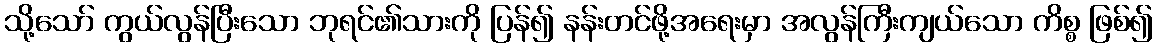
သို့သော် ကွယ်လွန်ပြီးသော ဘုရင်၏သားကို ပြန်၍ နန်းတင်ဖို့အရေးမှာ အလွန်ကြီးကျယ်သော ကိစ္စ ဖြစ်၍